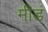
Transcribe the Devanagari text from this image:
मीडं